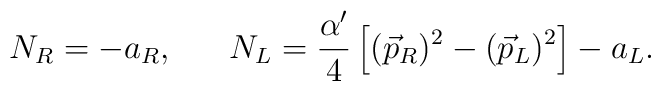
N_R=-a_R, \ \ \ \ \ N_L={{\alpha^{\prime}}\over 4}\left[(\vec{p}_R)^2-(\vec{p}_L)^2\right]-a_L.